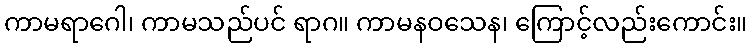
ကာမရာဂေါ၊ ကာမသည်ပင် ရာဂ။ ကာမနဝသေန၊ ကြောင့်လည်းကောင်း။